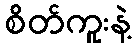
စိတ်ကူးနဲ့